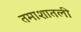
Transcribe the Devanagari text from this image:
तमाशातली